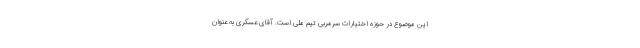
این موضوع در حوزه اختیارات سرمربی تیم ملی است. آقای عسکری به عنوان